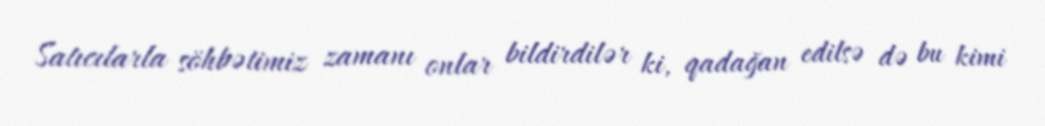
Satıcılarla söhbətimiz zamanı onlar bildirdilər ki, qadağan edilsə də bu kimi